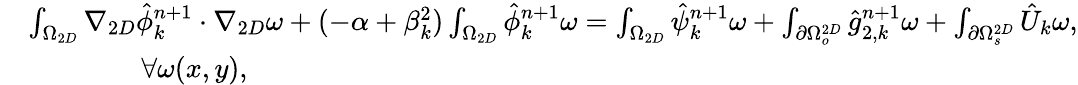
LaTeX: \begin{array}{rl}&{\int_{\Omega_{2D}}\nabla_{2D}\hat{\phi}_{k}^{n+1}\cdot\nabla_{2D}\omega+(-\alpha+\beta_{k}^{2})\int_{\Omega_{2D}}\hat{\phi}_{k}^{n+1}\omega=\int_{\Omega_{2D}}\hat{\psi}_{k}^{n+1}\omega+\int_{\partial\Omega_{o}^{2D}}\hat{g}_{2,k}^{n+1}\omega+\int_{\partial\Omega_{s}^{2D}}\hat{U}_{k}\omega,}\\ &{\qquad\qquad\forall\omega(x,y),}\end{array}